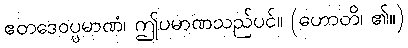
ဧတဒေဝပ္ပမာဏံ၊ ဤပမာဏသည်ပင်။ (ဟောတိ၊ ၏။)